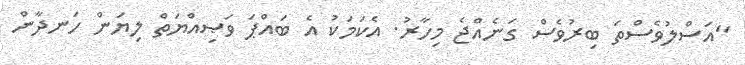
"އަސްލުވެސްތަ ބިރުވެސް ގަނެއްޖެ މިހާރު. އެކަމަކު އެ ބައްޕަ ވަޞިއްޔަތް ލިޔަން ހަނދާން